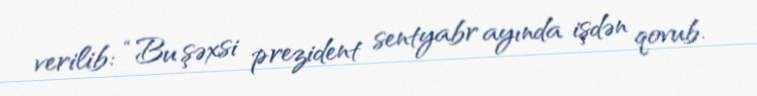
verilib: “Bu şəxsi prezident sentyabr ayında işdən qovub.